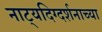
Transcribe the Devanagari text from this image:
नाट्यदिग्दर्शनाच्या